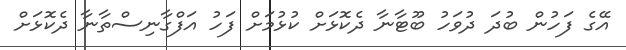
އޭގެ ފަހުން ބުދަ ދުވަހު ބޫޓާނާ ދެކޮޅަށް ކުޅުމަށް ފަހު އަފްގާނިސްތާނާ ދެކޮޅަށް